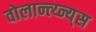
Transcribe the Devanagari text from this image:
वोलान्त्य्न्य्स